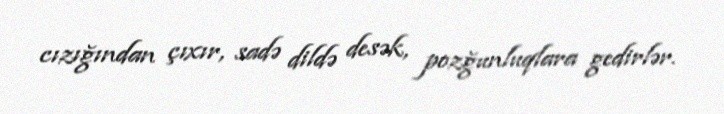
cızığından çıxır, sadə dildə desək, pozğunluqlara gedirlər.